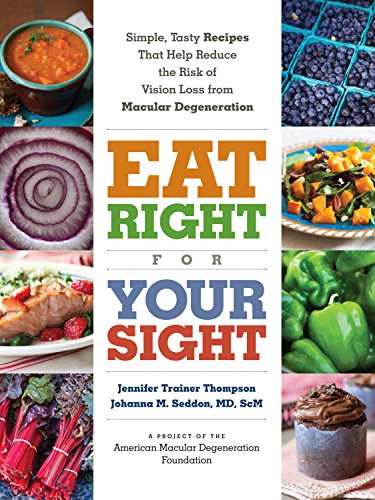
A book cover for Eat Right for Your Sight: Simple, Tasty Recipes that Help Reduce the Risk of Vision Loss from Macular Degeneration; Jennifer Trainer Thompson; Health, Fitness & Dieting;